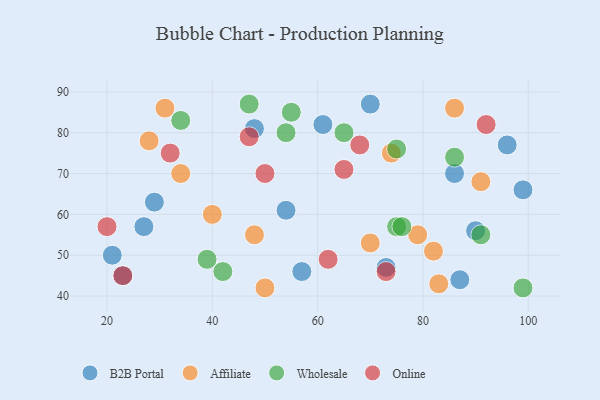
{"axis": {"x": "GDP", "y": "Life Expectancy"}, "legend": ["Affiliate", "B2B Portal", "Online", "Wholesale"], "data": [{"x": "99", "y": 66, "type": "B2B Portal"}, {"x": "57", "y": 46, "type": "B2B Portal"}, {"x": "70", "y": 87, "type": "B2B Portal"}, {"x": "73", "y": 47, "type": "B2B Portal"}, {"x": "90", "y": 56, "type": "B2B Portal"}, {"x": "48", "y": 81, "type": "B2B Portal"}, {"x": "54", "y": 61, "type": "B2B Portal"}, {"x": "61", "y": 82, "type": "B2B Portal"}, {"x": "27", "y": 57, "type": "B2B Portal"}, {"x": "23", "y": 45, "type": "B2B Portal"}, {"x": "86", "y": 70, "type": "B2B Portal"}, {"x": "87", "y": 44, "type": "B2B Portal"}, {"x": "21", "y": 50, "type": "B2B Portal"}, {"x": "96", "y": 77, "type": "B2B Portal"}, {"x": "29", "y": 63, "type": "B2B Portal"}, {"x": "86", "y": 86, "type": "Affiliate"}, {"x": "48", "y": 55, "type": "Affiliate"}, {"x": "34", "y": 70, "type": "Affiliate"}, {"x": "70", "y": 53, "type": "Affiliate"}, {"x": "82", "y": 51, "type": "Affiliate"}, {"x": "40", "y": 60, "type": "Affiliate"}, {"x": "50", "y": 42, "type": "Affiliate"}, {"x": "83", "y": 43, "type": "Affiliate"}, {"x": "79", "y": 55, "type": "Affiliate"}, {"x": "31", "y": 86, "type": "Affiliate"}, {"x": "74", "y": 75, "type": "Affiliate"}, {"x": "91", "y": 68, "type": "Affiliate"}, {"x": "28", "y": 78, "type": "Affiliate"}, {"x": "86", "y": 74, "type": "Wholesale"}, {"x": "39", "y": 49, "type": "Wholesale"}, {"x": "42", "y": 46, "type": "Wholesale"}, {"x": "75", "y": 76, "type": "Wholesale"}, {"x": "55", "y": 85, "type": "Wholesale"}, {"x": "47", "y": 87, "type": "Wholesale"}, {"x": "54", "y": 80, "type": "Wholesale"}, {"x": "91", "y": 55, "type": "Wholesale"}, {"x": "34", "y": 83, "type": "Wholesale"}, {"x": "65", "y": 80, "type": "Wholesale"}, {"x": "75", "y": 57, "type": "Wholesale"}, {"x": "76", "y": 57, "type": "Wholesale"}, {"x": "99", "y": 42, "type": "Wholesale"}, {"x": "32", "y": 75, "type": "Online"}, {"x": "50", "y": 70, "type": "Online"}, {"x": "68", "y": 77, "type": "Online"}, {"x": "65", "y": 71, "type": "Online"}, {"x": "23", "y": 45, "type": "Online"}, {"x": "62", "y": 49, "type": "Online"}, {"x": "20", "y": 57, "type": "Online"}, {"x": "73", "y": 46, "type": "Online"}, {"x": "92", "y": 82, "type": "Online"}, {"x": "47", "y": 79, "type": "Online"}]}